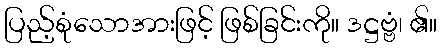
ပြည့်စုံသောအားဖြင့် ဖြစ်ခြင်းကို။ ဒဋ္ဌဗ္ဗံ၊ ၏။